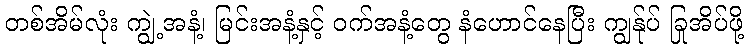
တစ်အိမ်လုံး ကျွဲ့အနံ့၊ မြင်းအနံ့နှင့် ဝက်အနံ့တွေ နံဟောင်နေပြီး ကျွန်ုပ် ခြုအိပ်ဖို့